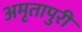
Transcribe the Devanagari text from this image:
अमृतापुरी